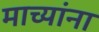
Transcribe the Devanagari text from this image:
माच्यांना